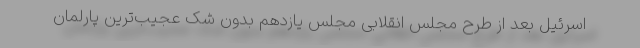
اسرئیل بعد از طرح مجلس انقلابی مجلس یازدهم بدون شک عجیب‌ترین پارلمان